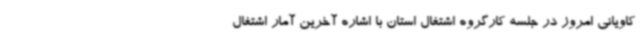
کاویانی امروز در جلسه کارگروه اشتغال استان با اشاره آخرین آمار اشتغال